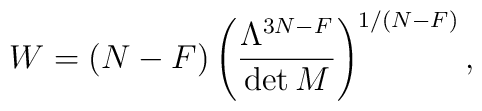
W = (N-F) \left({\Lambda^{3N-F} \over \det M}\right)^{1/(N-F)},